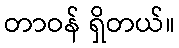
တာဝန် ရှိတယ်။